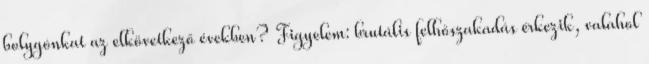
bolygónkat az elkövetkező években? Figyelem: brutális felhőszakadás érkezik, valahol